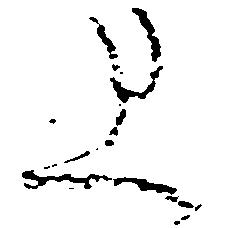
上